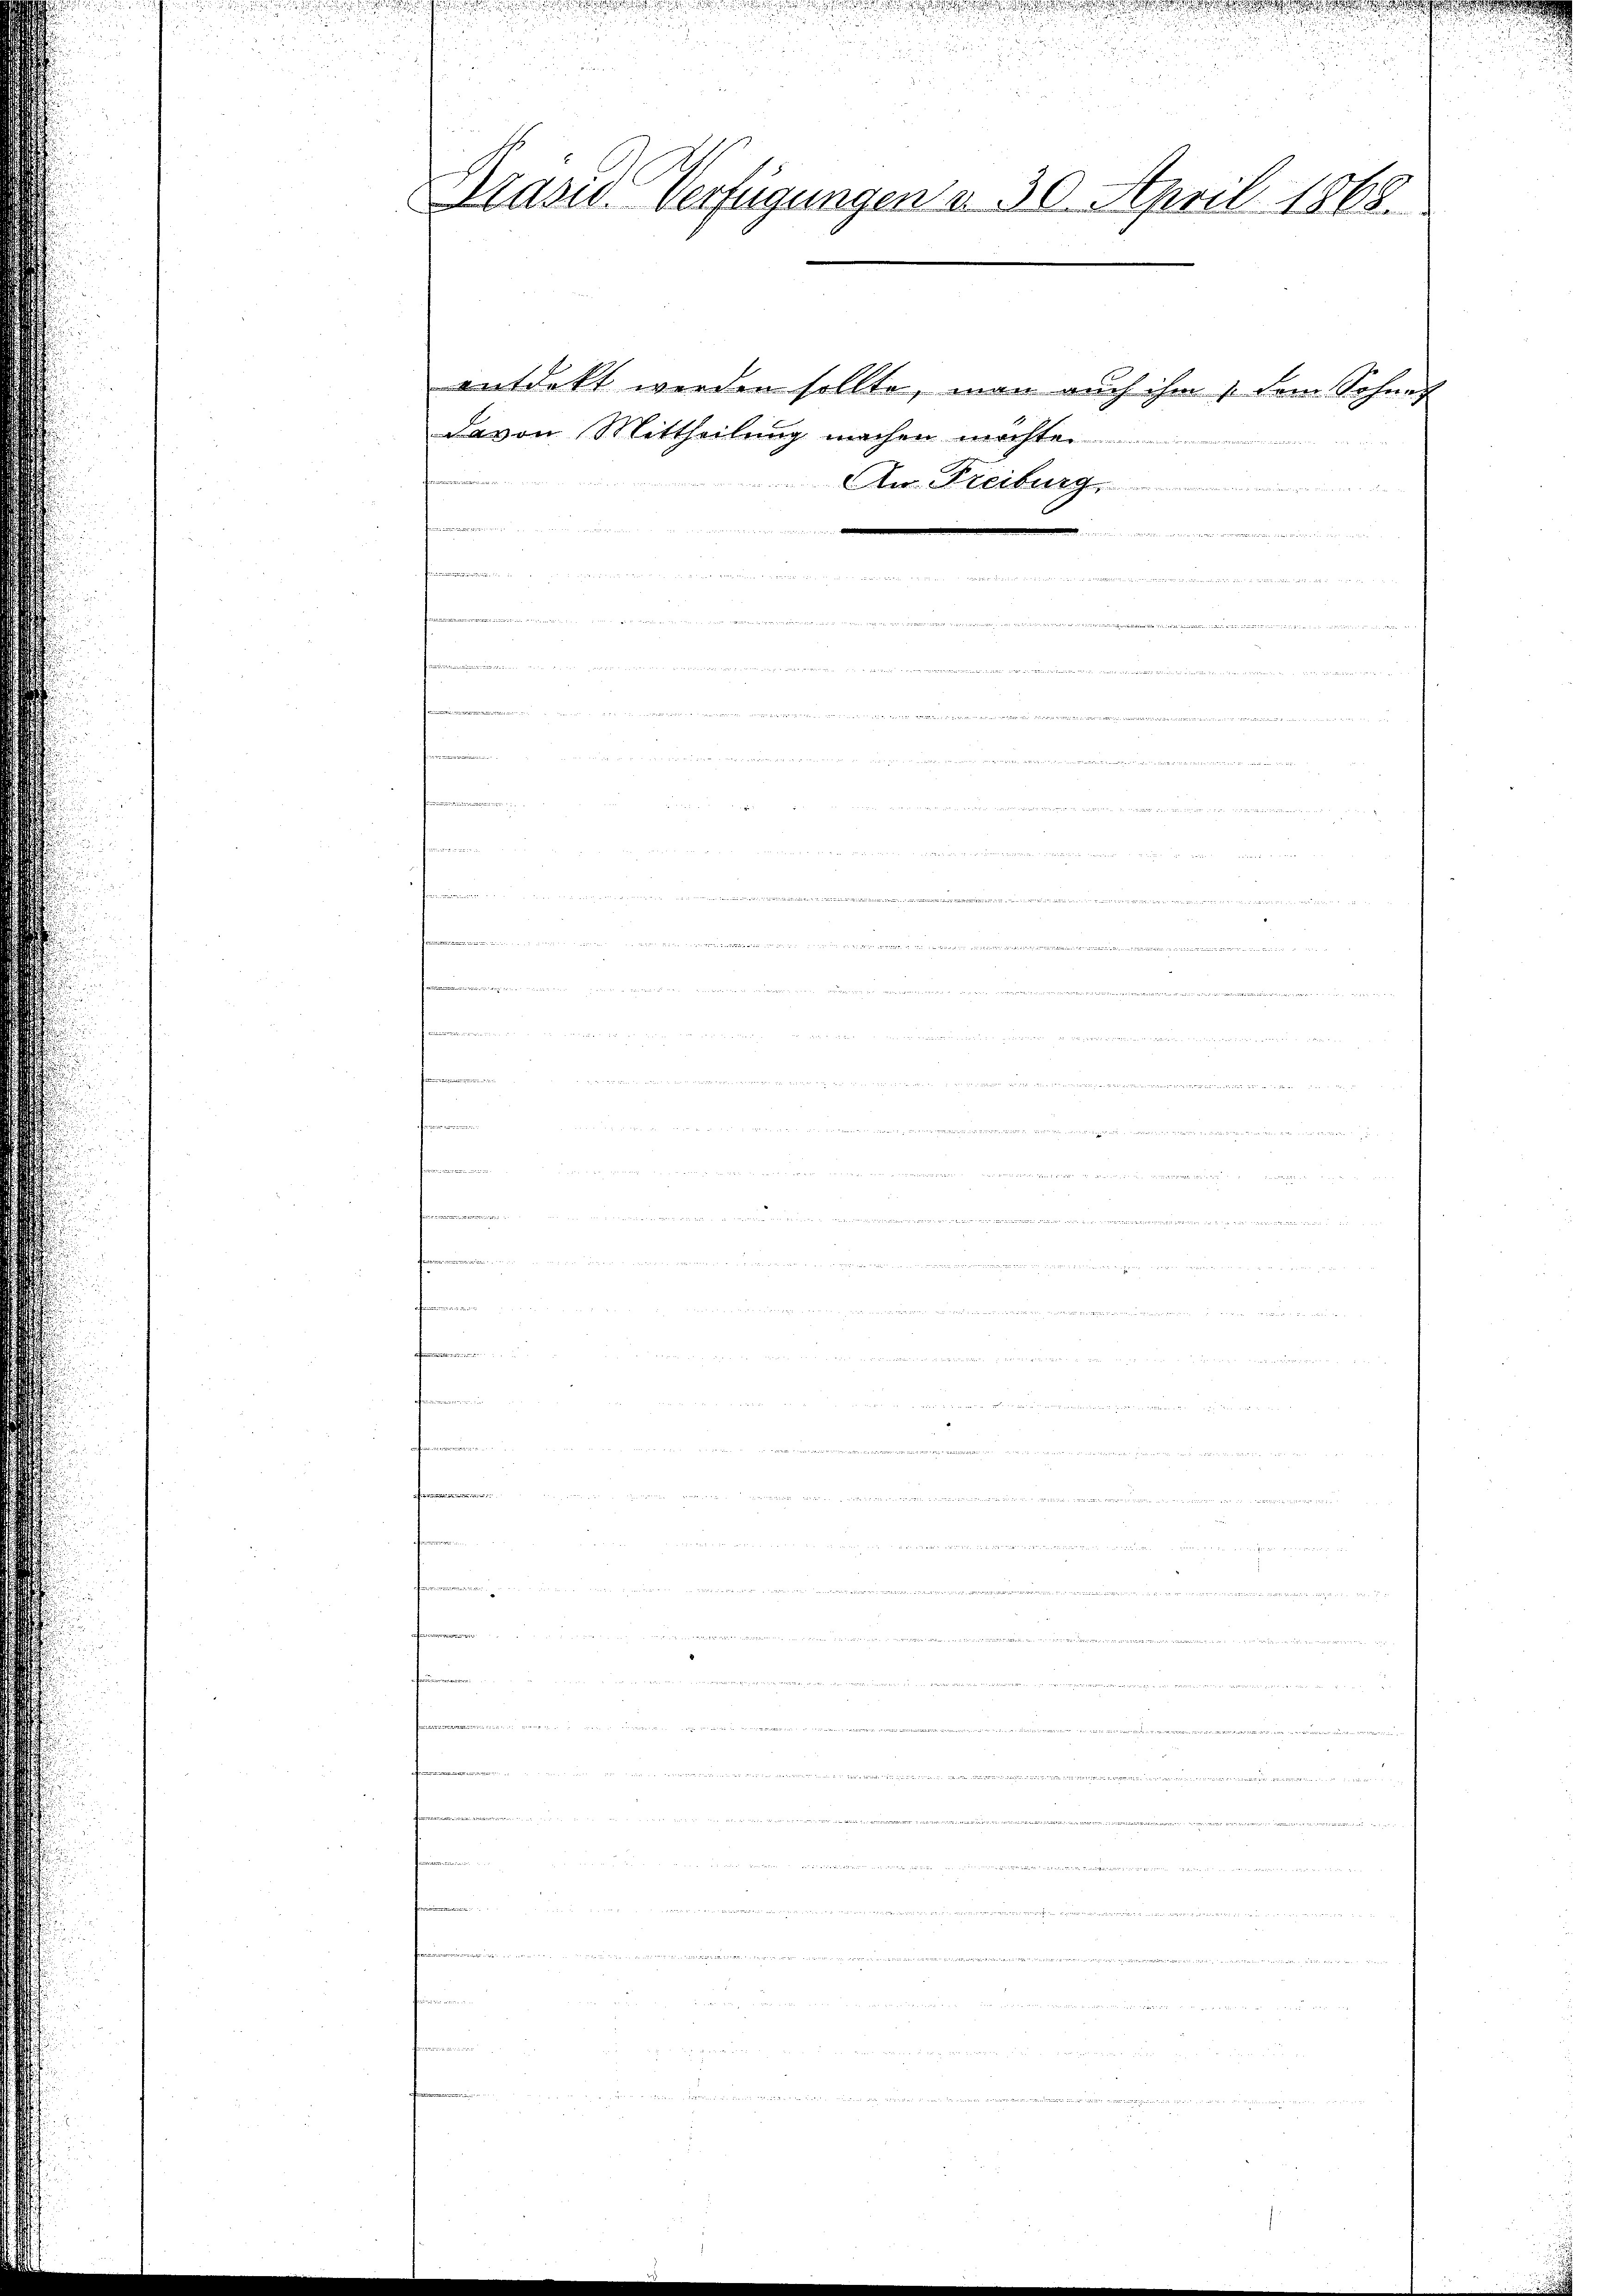
Präsid. Verfügungen u. 30. April 1868.

.

entdekt werden sollte, man auch ihm / dem Sohne
davon Mittheilung machen möchte.
An Freiburg

e

n

m
den werden.
 ..